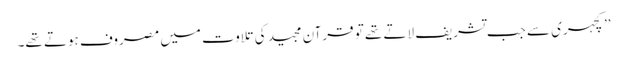
’’کچہری سے جب تشریف لاتے تھے تو قرآن مجید کی تلاوت میں مصروف ہوتے تھے۔